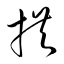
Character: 拱